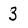
Character: 3